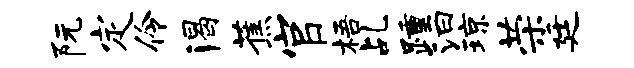
阮定伶渴蕉官梧乩踵汩琼荣廷